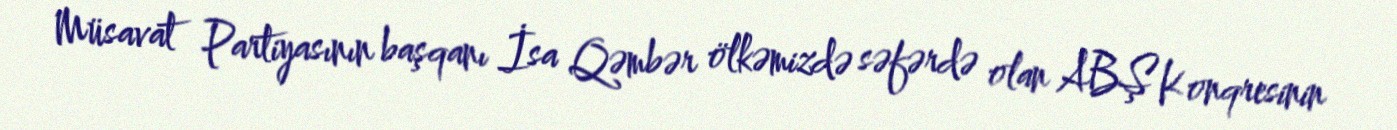
Müsavat Partiyasının başqanı İsa Qəmbər ölkəmizdə səfərdə olan ABŞ Konqresinin